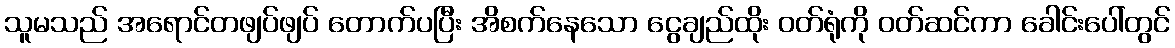
သူမသည် အရောင်တဖျပ်ဖျပ် တောက်ပပြီး အိစက်နေသော ငွေချည်ထိုး ဝတ်ရုံကို ဝတ်ဆင်ကာ ခေါင်းပေါ်တွင်